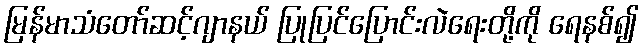
မြန်မာသံတော်ဆင့်ဂျာနယ် ပြုပြင်ပြောင်းလဲရေးတို့ကို ရေနစ်၍